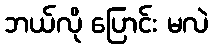
ဘယ်လို ပြောင်း မလဲ